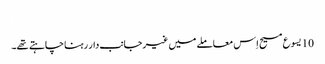
‏
10 یسوع مسیح اِس معاملے میں غیرجانب‌دار رہنا چاہتے تھے۔